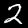
Label: 2